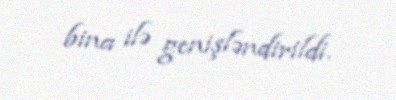
bina ilə genişləndirildi.